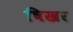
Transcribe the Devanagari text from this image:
षिखर